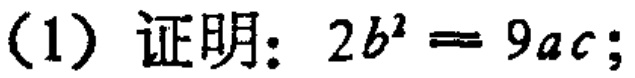
(1) 证明：$2b^{2}=9ac$;